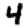
Digit: 4